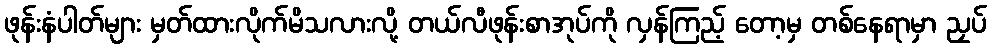
ဖုန်းနံပါတ်များ မှတ်ထားလိုက်မိသလားလို့ တယ်လီဖုန်းစာအုပ်ကို လှန်ကြည့် တော့မှ တစ်နေရာမှာ ညှပ်